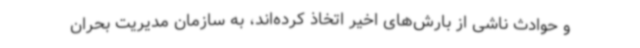
و حوادث ناشی از بارش‌های اخیر اتخاذ کرده‌اند، به سازمان مدیریت بحران